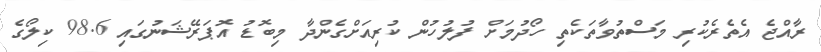
ރާއްޖެ އެތެރެކުރި މަސްތުވާތަކެތި ހޯދުމަށް ފުލުހުން ކުރިއަށްގެންދާ މިބޮޑު އޮޕަރޭޝަނުގައި 98.6 ކިލޯގެ